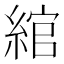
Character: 綰